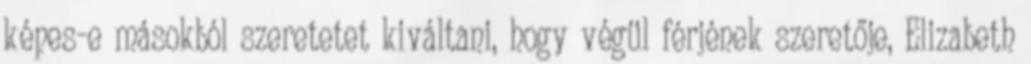
képes-e másokból szeretetet kiváltani, hogy végül férjének szeretője, Elizabeth